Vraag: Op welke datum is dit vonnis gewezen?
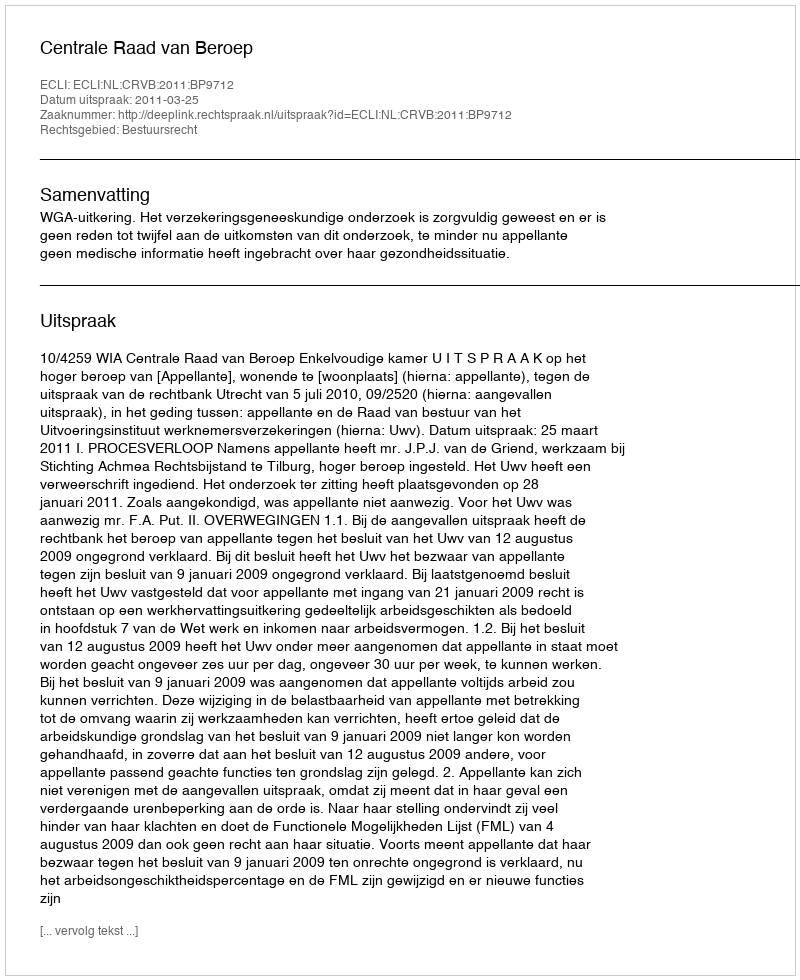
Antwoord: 2011-03-25